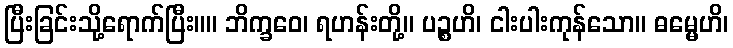
ပြီးခြင်းသို့ရောက်ပြီး။။ ဘိက္ခဝေ၊ ရဟန်းတို့။ ပဉ္စဟိ၊ ငါးပါးကုန်သော။ ဓမ္မေဟိ၊